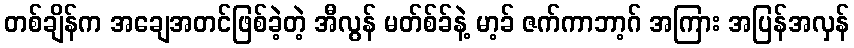
တစ်ချိန်က အချေအတင်ဖြစ်ခဲ့တဲ့ အီလွန် မတ်စ်ခ်နဲ့ မာ့ခ် ဇက်ကာဘာ့ဂ် အကြား အပြန်အလှန်